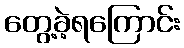
တွေ့ခဲ့ရကြောင်း